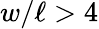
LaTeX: w/\ell>4